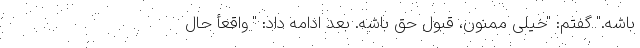
باشه." گفتم: "خیلی ممنون، قبول حق باشه. بعد ادامه داد: " واقعأ حال